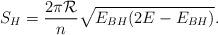
LaTeX: \begin{align*} S_H=\frac{2\pi {\cal R}}{n}\sqrt{E_{ BH}(2E-E_{BH})}.\end{align*}